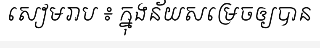
សៀមរាប ៖ ក្នុងន័យសម្រេចឲ្យបាន